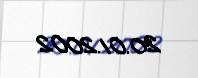
20.01.2002